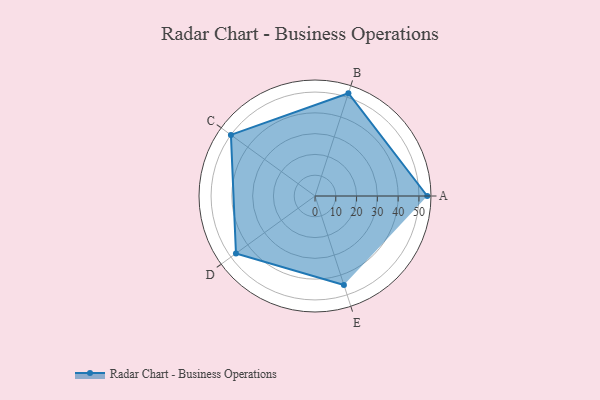
{"axis": {"x": "Skill", "y": "Score"}, "legend": ["Profile"], "data": [{"x": "A", "y": 54.0, "type": "Profile"}, {"x": "B", "y": 52.0, "type": "Profile"}, {"x": "C", "y": 50.0, "type": "Profile"}, {"x": "D", "y": 47.0, "type": "Profile"}, {"x": "E", "y": 45.0, "type": "Profile"}]}